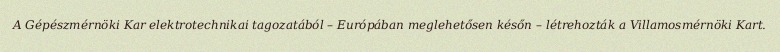
A Gépészmérnöki Kar elektrotechnikai tagozatából – Európában meglehetősen későn – létrehozták a Villamosmérnöki Kart.